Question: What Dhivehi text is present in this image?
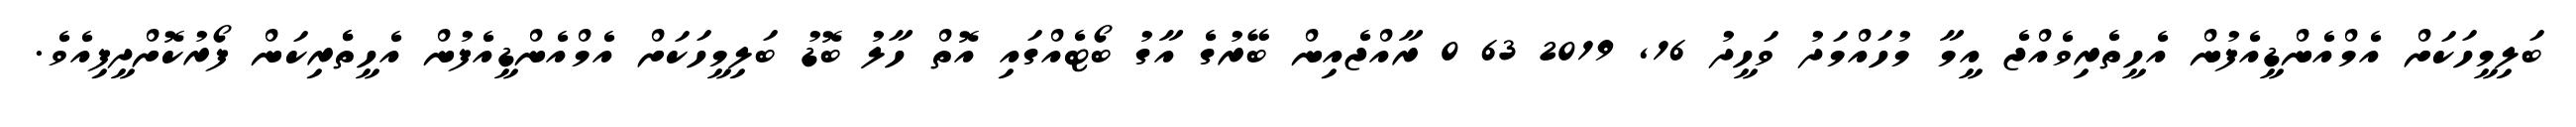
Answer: ބަލިމީހަކަށް އެމްއެންޑީއެފުން އެހީތެރިވެއްޖެ އީމާ މުހައްމަދު ވަހީދު 16, 2019 63 0 ރާއްޖެއިން ބޭރުގެ އާގު ބޯޓެއްގައި އޮތް ހާލު ބޮޑު ބަލިމީހަކަށް އެމްއެންޑީއެފުން އެހީތެެރިކަން ފޯރުކޮށްދީފިއެވެ.